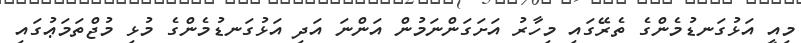
މިއީ އަޅުގަނޑުމެންގެ ތެރޭގައި މިހާރު އަށަގަންނަމުން އަންނަ އަދި އަޅުގަނޑުމެންގެ މުޅި މުޖްތަމަޢުގައި